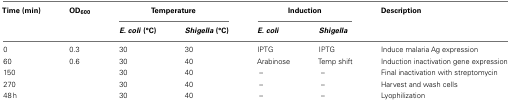
<table><thead><tr><td><b>Time (min)</b></td><td><b>OD<sub>600</sub></b></td><td colspan="2"><b>Temperature</b></td><td colspan="2"><b>Induction</b></td><td><b>Description</b></td></tr><tr><td></td><td></td><td><b><i>E. coli</i> (°C)</b></td><td><b><i>Shigella</i> (°C)</b></td><td><b><i>E. coli</i></b></td><td><b><i>Shigella</i></b></td><td></td></tr></thead><tbody><tr><td>0</td><td>0.3</td><td>30</td><td>30</td><td>IPTG</td><td>IPTG</td><td>Induce malaria Ag expression</td></tr><tr><td>60</td><td>0.6</td><td>30</td><td>40</td><td>Arabinose</td><td>Temp shift</td><td>Induction inactivation gene expression</td></tr><tr><td>150</td><td></td><td>30</td><td>40</td><td>–</td><td>–</td><td>Final inactivation with streptomycin</td></tr><tr><td>270</td><td></td><td>30</td><td>40</td><td>–</td><td>–</td><td>Harvest and wash cells</td></tr><tr><td>48 h</td><td></td><td>30</td><td>40</td><td>–</td><td>–</td><td>Lyophilization</td></tr></tbody></table>